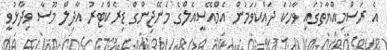
އެ ރަސްމިއްޔާތުގައި ވާހަކަ ދައްކަވަމުން އެމްއޭސީއެލްގެ މެނޭޖިންގް ޑިރެކްޓަރު އާދިލް މޫސާ ވިދާޅުވީ